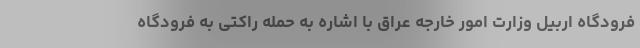
فرودگاه اربیل وزارت امور خارجه عراق با اشاره به حمله راکتی به فرودگاه